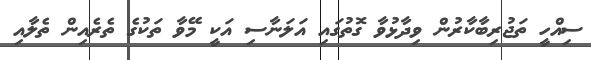
ސިއްހީ ތަޖުރިބާކާރުން ވިދާޅުވާ ގޮތުގައި އަލަނާސި އަކީ މޭވާ ތަކުގެ ތެރެއިން ތެލާއި